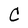
Character: C